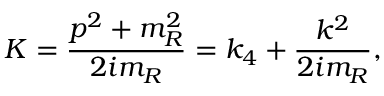
K = \frac { p ^ { 2 } + m _ { R } ^ { 2 } } { 2 i m _ { R } } = k _ { 4 } + \frac { k ^ { 2 } } { 2 i m _ { R } } ,